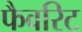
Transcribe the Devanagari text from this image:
फैवरिट